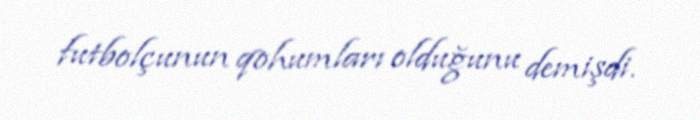
futbolçunun qohumları olduğunu demişdi.